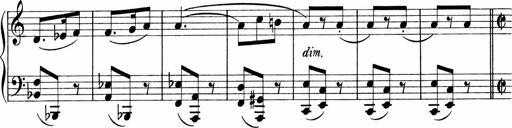
Title: Sonatina No.1
Composer: Otto Stoll
Key: C major